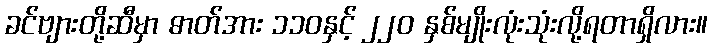
ခင်ဗျားတို့ဆီမှာ ဓာတ်အား ၁၁၀နှင့် ၂၂၀ နှစ်မျိုးလုံးသုံးလို့ရတာရှိလား။